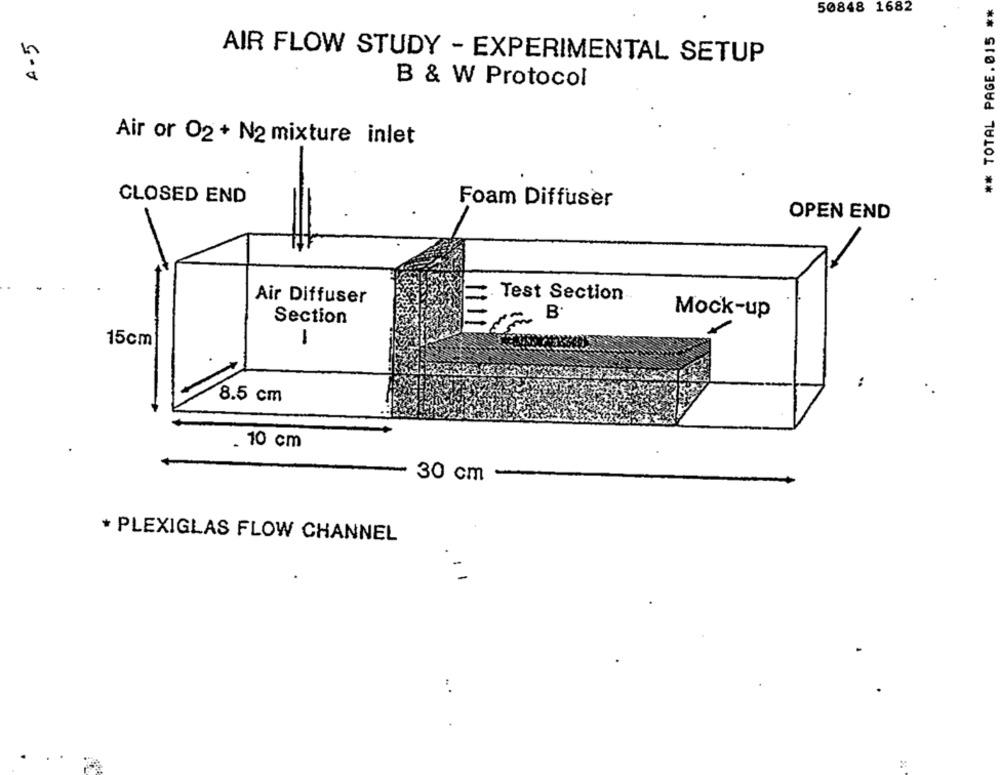
** TOTAL PAGE.015 **
50848 1682
A.5
AIR FLOW STUDY - EXPERIMENTAL SETUP
B & W Protocol
Air or O2 + N2 mixture inlet
CLOSED END
Foam Diffuser
OPEN END
Air Diffuser
. Test Section
~ B
Mock-up
Section
15cm
1
8.5 cm
. 10 cm
30 cm
* PLEXIGLAS FLOW CHANNEL
: